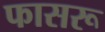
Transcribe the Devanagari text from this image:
फासरू